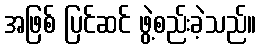
အဖြစ် ပြင်ဆင် ဖွဲ့စည်းခဲ့သည်။